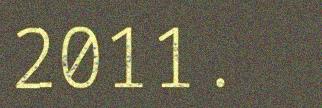
2011.